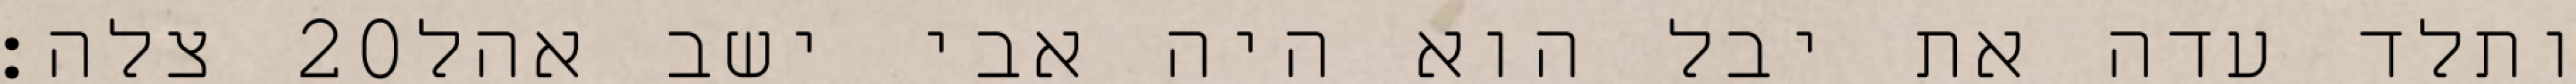
צלה׃ ‎20‏ ותלד עדה את יבל הוא היה אבי ישב אהל